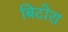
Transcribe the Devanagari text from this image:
बिटोरा